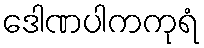
ဒေါဏပါကကုရံ